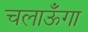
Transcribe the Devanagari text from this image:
चलाऊँगा